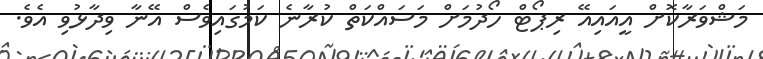
މަޝްވަރާކޮށް އީއައިއޭ ރިޕޯޓް ހޯދުމަށް މަސައްކަތް ކުރާނެ ކަމުގައިވެސް އޭނާ ވިދާޅުވި އެވެ.